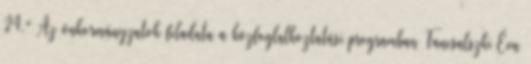
24." Az önkormányzatok feladata a közfoglalkoztatási programban Fancsalszki Éva